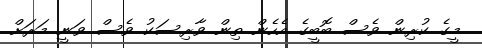
މީގެ ކުރިން ވެސް ބޮބީގެ އެހެން ތިން ވާރިސަކު ވެސް ވަނީ މަރަށް